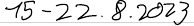
15-22.8.2023